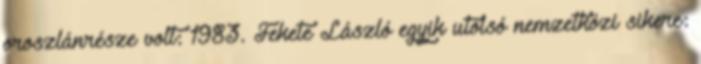
oroszlánrésze volt: 1983. Fekete László egyik utolsó nemzetközi sikere: